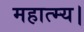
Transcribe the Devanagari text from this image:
महात्म्य।